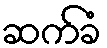
ဆက်ခံ